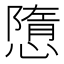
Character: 𢡢